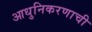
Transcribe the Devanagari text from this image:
आधुनिकरणाची